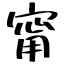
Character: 甯